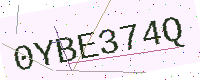
Text: 0YBE374Q